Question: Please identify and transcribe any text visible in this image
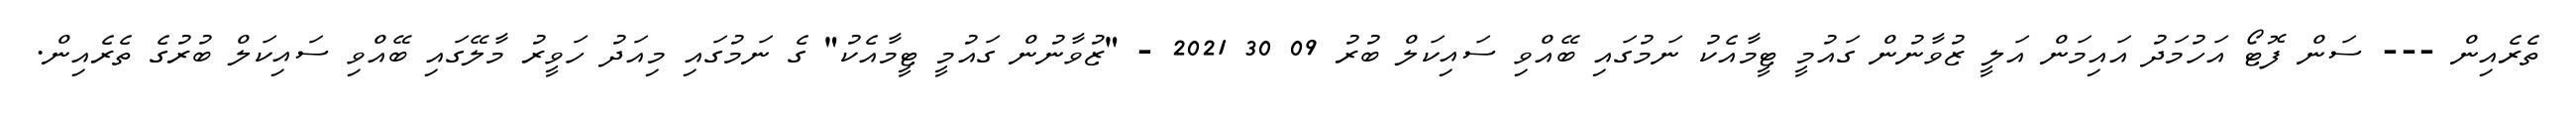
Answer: ތެރެއިން --- ސަން ފޮޓޯ އަހުމަދު އައިމަން އަލީ ޒުވާނުން ގައުމީ ޓީމާއެކު ނަމުގައި ބޭއްވި ސައިކަލް ބުރު 09 30 2021 - "ޒުވާނުން ގައުމީ ޓީމާއެކު" ގެ ނަމުގައި މިއަދު ހަވީރު މާލޭގައި ބޭއްވި ސައިކަލް ބުރުގެ ތެރެއިން.